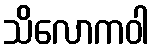
သိလောကဝါ